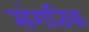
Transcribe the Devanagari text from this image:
संगतिक